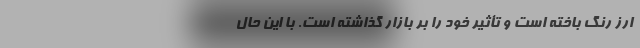
ارز رنگ باخته است و تأثیر خود را بر بازار گذاشته است. با این حال